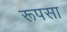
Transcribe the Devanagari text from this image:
रूपसा